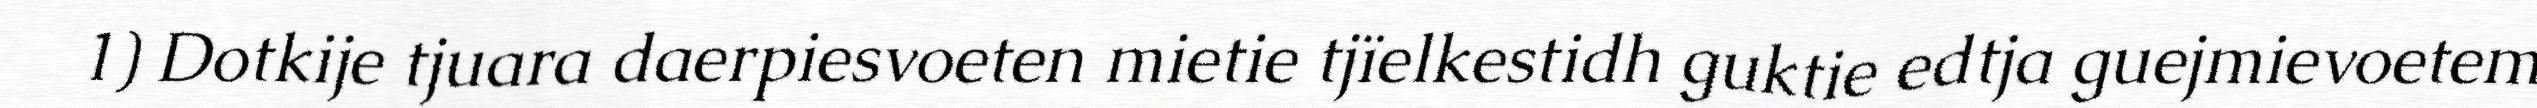
1) Dotkije tjuara daerpiesvoeten mietie tjïelkestidh guktie edtja guejmievoetem